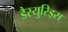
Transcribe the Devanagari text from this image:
डैस्युरिड्स